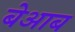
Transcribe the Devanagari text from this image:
बेआब